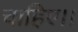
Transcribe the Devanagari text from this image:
चाहिए।।